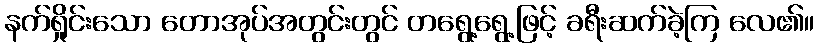
နက်ရှိုင်းသော တောအုပ်အတွင်းတွင် တရွေ့ရွေ့ဖြင့် ခရီးဆက်ခဲ့ကြ လေ၏။